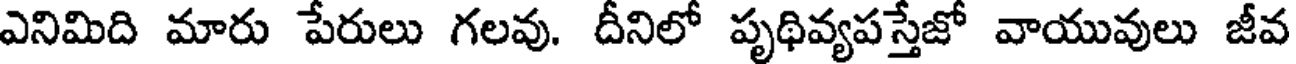
ఎనిమిది మారు పేరులు గలవు. దీనిలో పృథివ్యపస్తేజో వాయువులు జీవ